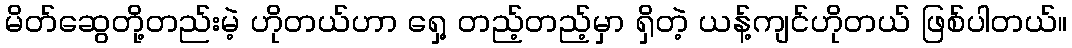
မိတ်ဆွေတို့တည်းမဲ့ ဟိုတယ်ဟာ ရှေ့ တည့်တည့်မှာ ရှိတဲ့ ယန့်ကျင်ဟိုတယ် ဖြစ်ပါတယ်။